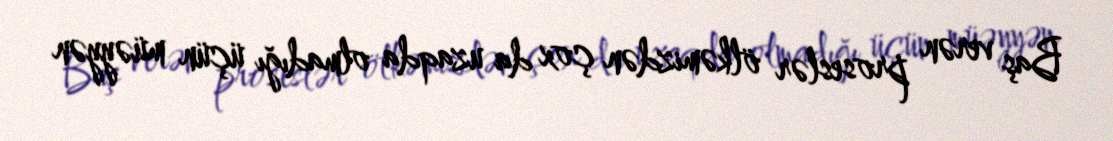
Baş verən proseslər ölkəmizdən çox da uzaqda olmadığı üçün müəyyən